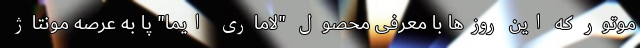
موتور که این روزها با معرفی محصول "لاماری ایما" پا به عرصه مونتاژ